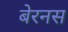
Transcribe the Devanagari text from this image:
बेरनस